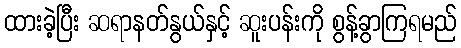
ထားခဲ့ပြီး ဆရာနတ်နွယ်နှင့် ဆူးပန်းကို စွန့်ခွာကြရမည်